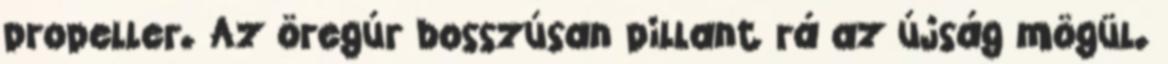
propeller. Az öregúr bosszúsan pillant rá az újság mögül.